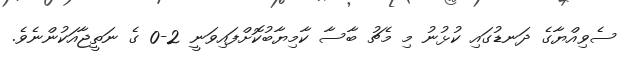
ސެވިއްޔާގެ ދަނޑުގައި ކުޅުނު މި މެޗު ބާސާ ކާމިޔާބުކޮށްފައިވަނީ 2-0 ގެ ނަތީޖާއަކުންނެވެ.